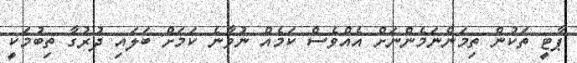
ޕާޓީ ތަކުން ތިމަންނަމެންނަށް އެއްްވެސް ކަމެއް ނުވާނެ ކަމަށް ބަލައި ދުރުގާ ތިބުމަކީ